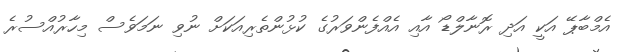
އެމްބާޕޭ އަކީ އަދި ރޮނާލްޑޯ އާއި އެއްފެންވަރުގެ ކުޅުންތެރިއަކަށް ނުވި ނަމަވެސް މިހާރުއްސުރެ